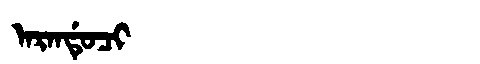
Manchu: ᠠᡵᠠᠨᡩᡠᠴᡳ
Romanization: ARANDUCI